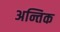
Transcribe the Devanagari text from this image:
अन्तिक